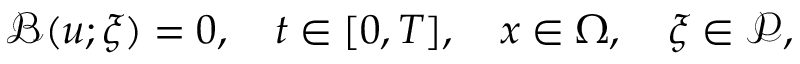
\begin{array} { r } { \quad \mathcal { B } ( u ; \boldsymbol { \xi } ) = 0 , \quad t \in [ 0 , T ] , \quad \boldsymbol { x } \in \Omega , \quad \boldsymbol { \xi } \in \mathcal { P } , } \end{array}